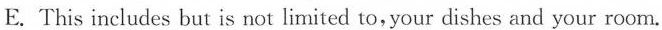
E. This includes but is not limited to,your dishes and your room.